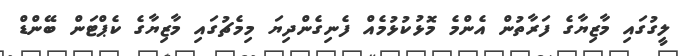
ލީގުގައި މާޒިޔާގެ ފަރާތުން އެންމެ މޮޅުކުޅުމެއް ފެނިގެންދިޔަ މިމެޗުގައި މާޒިޔާގެ ކެޕްޓަން ބޭންޑް